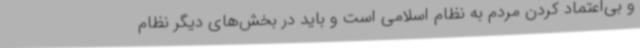
و بی‌اعتماد کردن مردم به نظام اسلامی است و باید در بخش‌های دیگر نظام